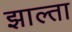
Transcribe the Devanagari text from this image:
झाल्ता